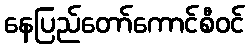
နေပြည်တော်ကောင်စီဝင်